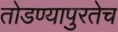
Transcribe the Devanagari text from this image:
तोडण्यापुरतेच